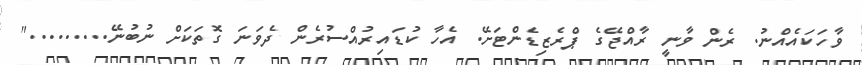
ވާހަކައެއްނު. ރެން ވާނީ ރާއްޖޭގެ ޕްރެޒިޑެންޓަށޭ. އެހާ ކުޑައިރުއްސުރެން ދެވަނަ ގޮތަކަށް ނުބުނޭ........."